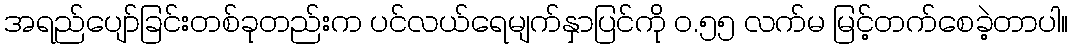
အရည်ပျော်ခြင်းတစ်ခုတည်းက ပင်လယ်ရေမျက်နှာပြင်ကို ဝ.၅၅ လက်မ မြင့်တက်စေခဲ့တာပါ။